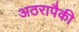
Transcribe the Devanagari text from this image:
अठरापैकी